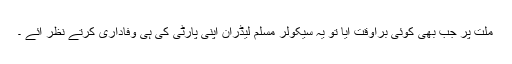
ملت پر جب بھی کوئی براوقت آیا تو یہ سیکولر مسلم لیڈران اپنی پارٹی کی ہی وفاداری کرتے نظر آئے ۔